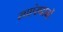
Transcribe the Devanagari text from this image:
साएंसदानों